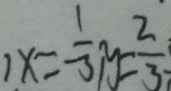
, x = - \frac { 1 } { 3 } , y = \frac { 2 } { 3 }